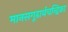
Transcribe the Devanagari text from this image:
मानसगूढार्थचन्द्रिका